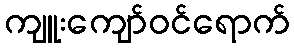
ကျူးကျော်ဝင်ရောက်